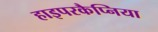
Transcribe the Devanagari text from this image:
हाइपरकैप्निया